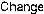
CHANGE